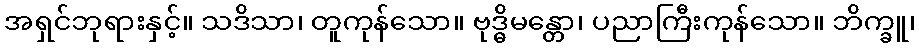
အရှင်ဘုရားနှင့်။ သဒိသာ၊ တူကုန်သော။ ဗုဒ္ဓိမန္တော၊ ပညာကြီးကုန်သော။ ဘိက္ခူ၊